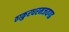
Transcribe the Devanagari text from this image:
ठाकुरधरमजयगढ